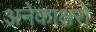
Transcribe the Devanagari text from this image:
अनेकाक्षरों